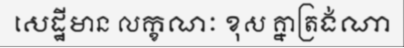
សេដ្ឋីមាន លក្ខណៈ ខុស គ្នាត្រង់ណា